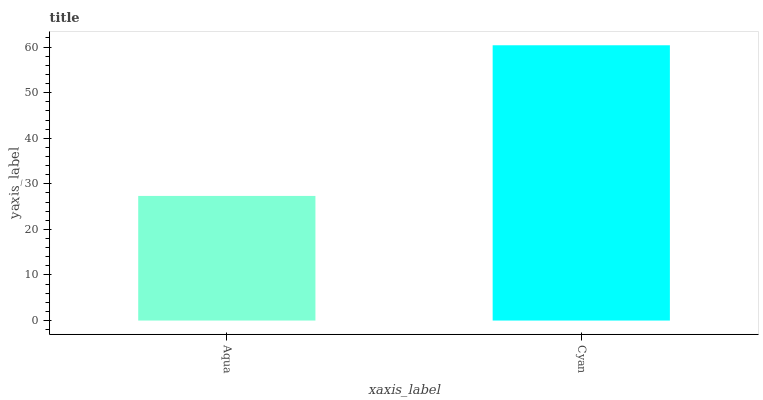
| xaxis_label | bars |
 | --- | --- |
 | Aqua | 27.3 |
 | Cyan | 60.4 |